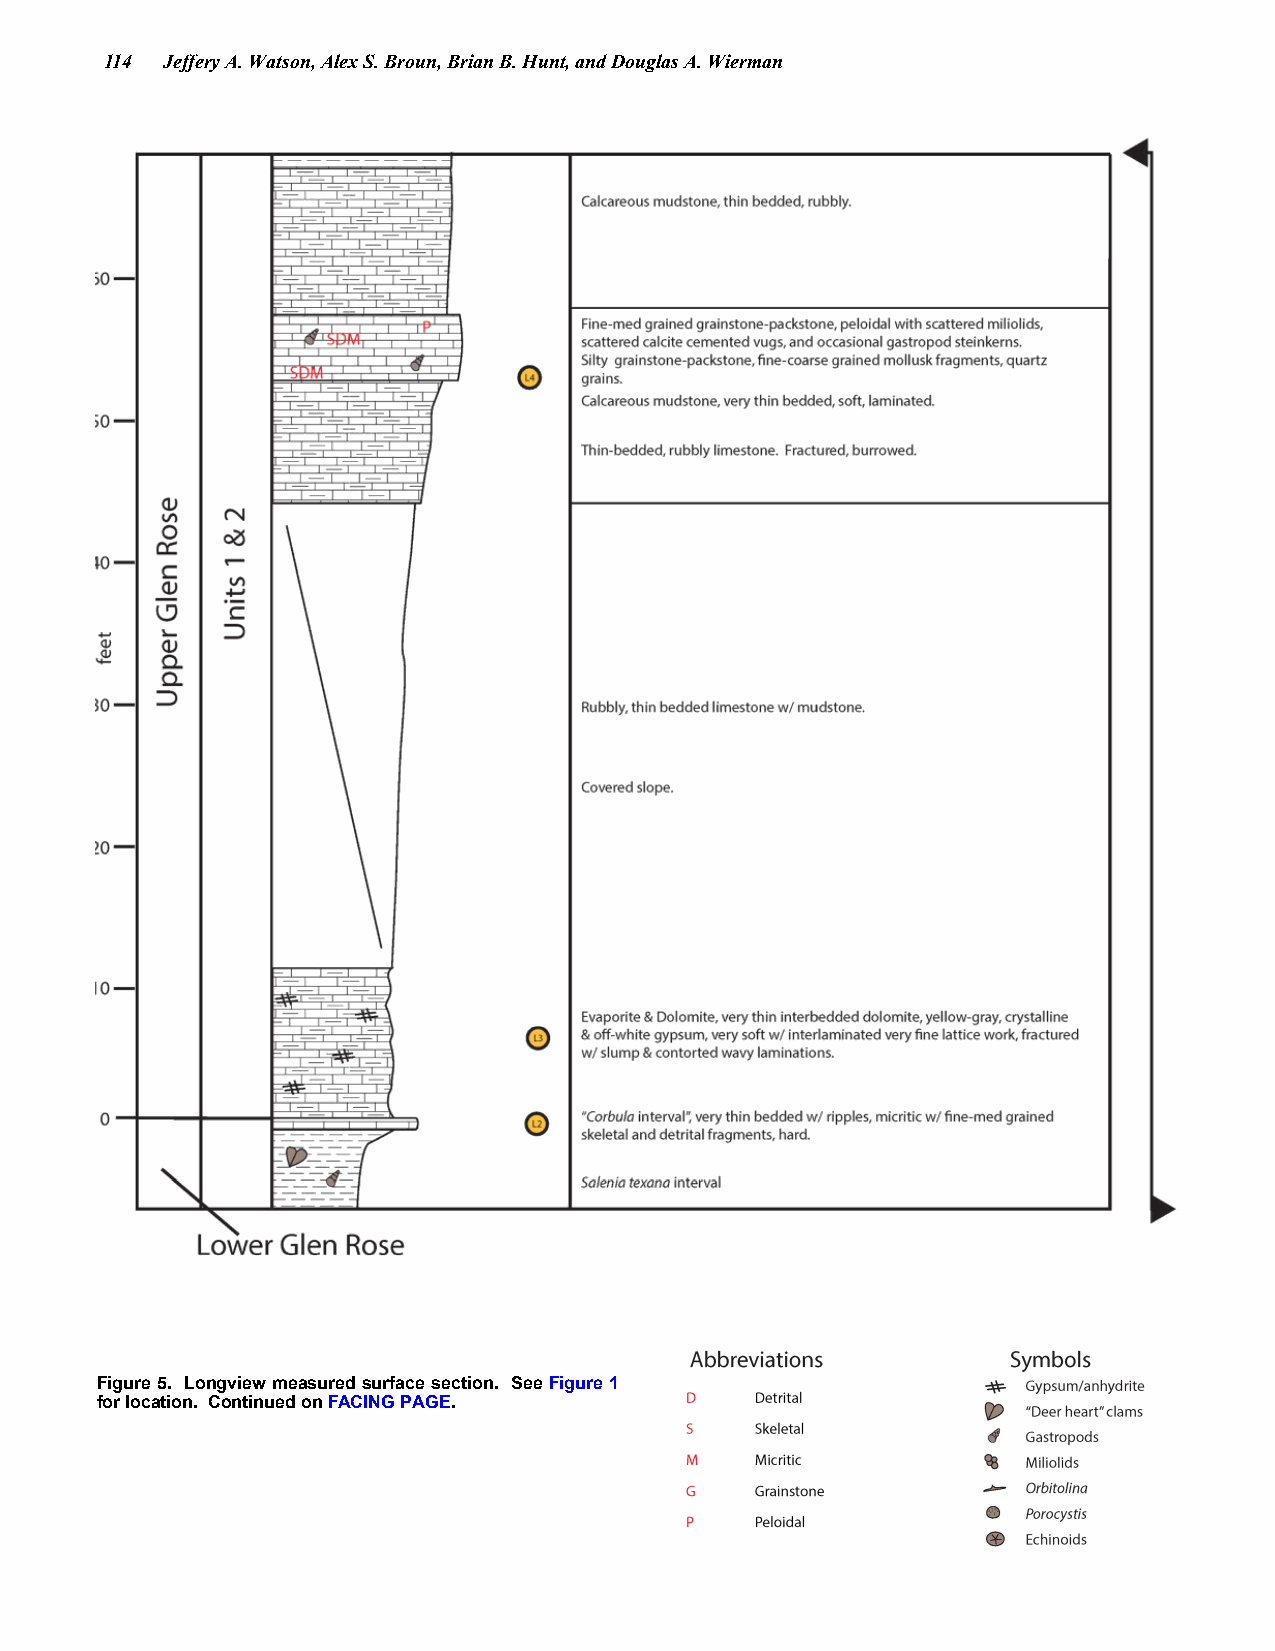
114 Jeffery A. Watson, Alex S. Broun, Brian B. Hunt, and Douglas A. Wierman
 Figure 5. Longview measured surface section. See Figure 1
 for location. Continued on FACING PAGE.